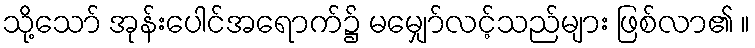
သို့သော် အုန်းပေါင်အရောက်၌ မမျှော်လင့်သည်များ ဖြစ်လာ၏ ။